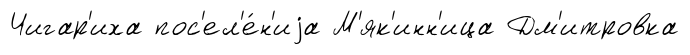
Чигар'иха пос'ел'е́н'иjа М'як'инн'ица Дм'итровка